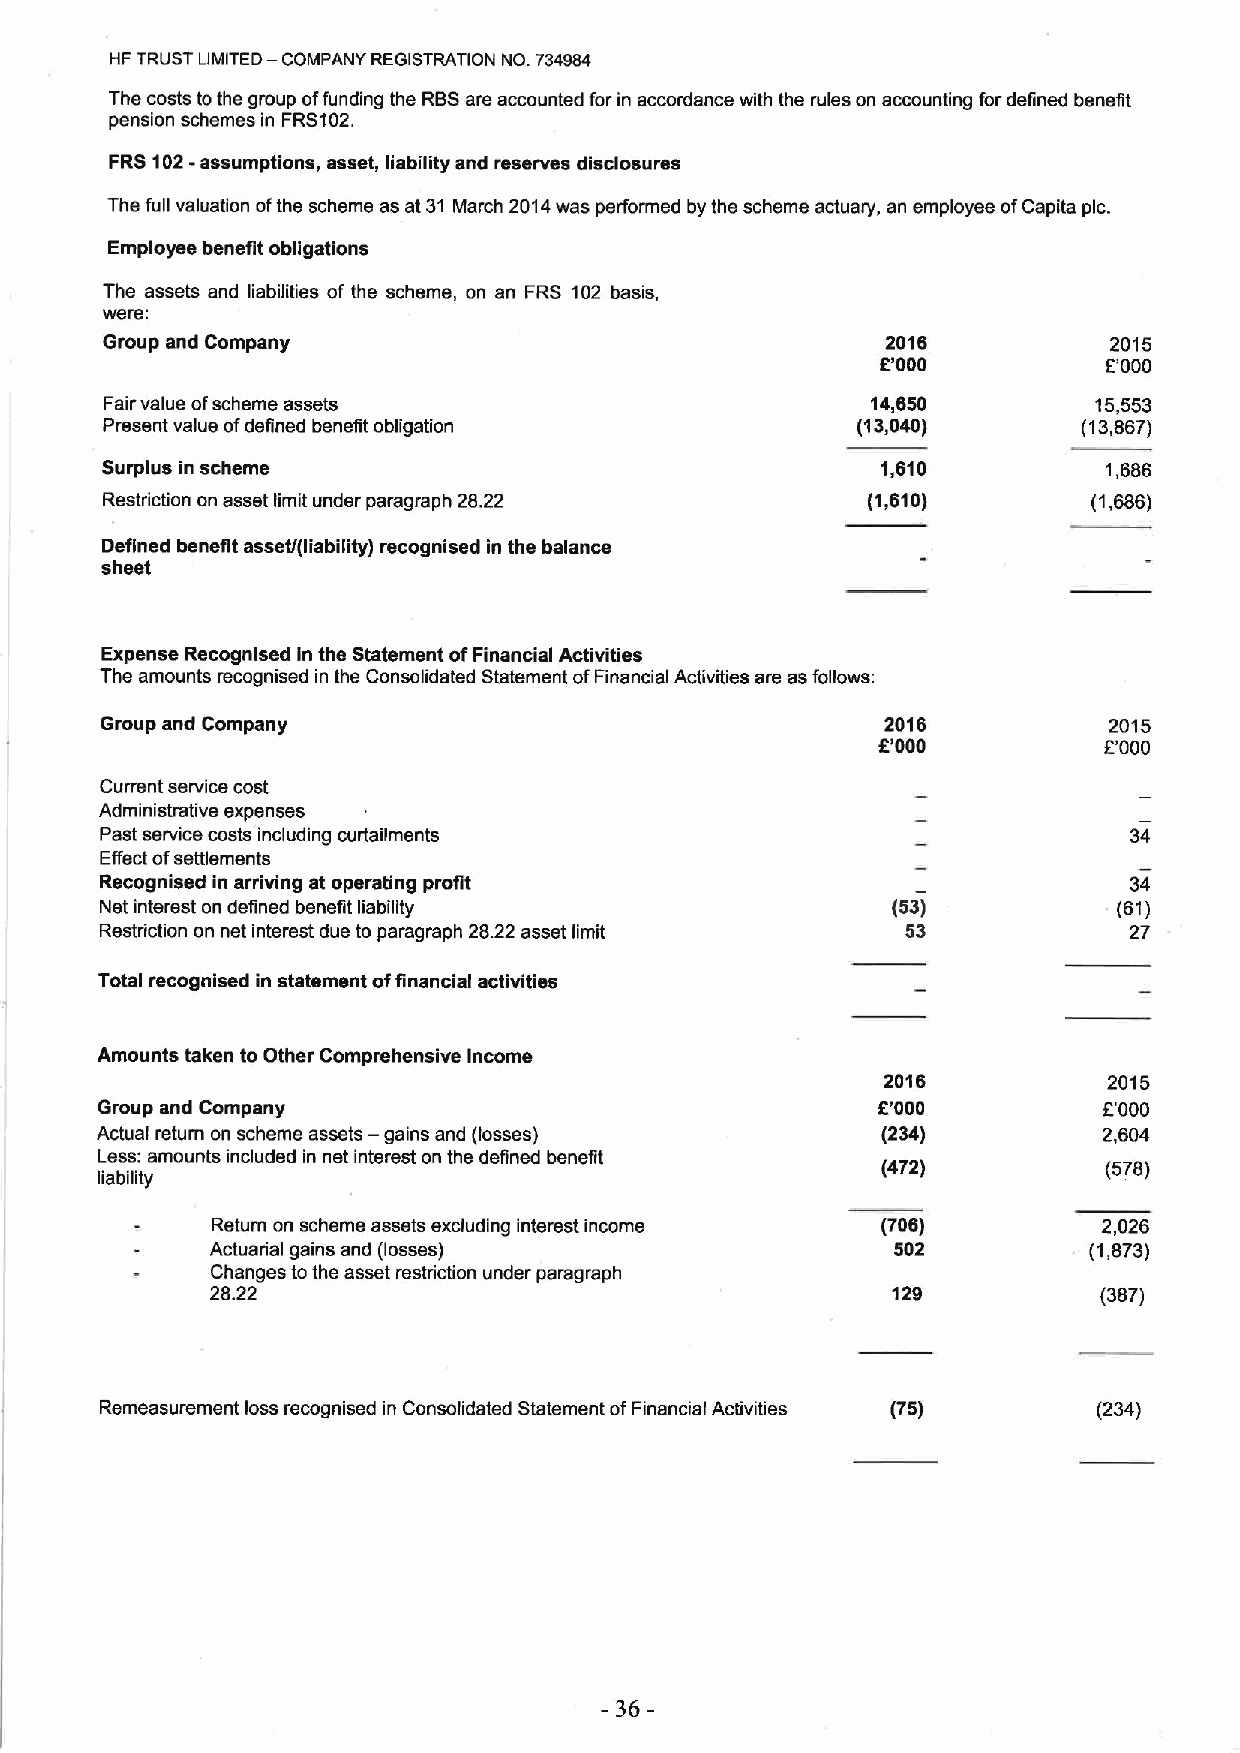
HF TRUST LIMITED — COMPANY REGISTRATION NO. 734994
 The costs tothe group offunding the RBSare accounted for in accordance with the rules on accounting fordefined benefit
 pension schemes in FRS102.
 FRS102-assumptions, asset, liability and reserves disclosures
 The full valuation ofthe scheme as at 31 March 2014was performed by the scheme actuary, an employee ofCapita pic.
 Employee benefit obligations
 The assets and liabilities of the scheme, on an FRS 102 basis,
 were:
 Group and Company                                   2016          2015
 E'000          E'000
 Fairvalue ofscheme assets                          14,650        15,553
 Present value ofdefined benefit obligation        (13,040)       (13,867)
 Surplus in scheme                                  1,610          1,686
 Restriction on asset limit under paragraph 28.22  (1,610)        (1,686)
 Defined benefit asset/(liability) recognised in the balance
 sheet
 Expense Recognised In the Statement ofFinancial Activities
 The amounts recognised in the Consolidated Statement ofFinancial Activities are as follows:
 Group and Company                                   2016          2015
 6'000          E'000
 Cunent service cost
 Administrative expenses
 Past service costs including curtailments                           34
 Effect ofsettlements
 Recognised in arriving at operating profit                          34
 Net interest on defined benefit liability           (53)           (61)
 Restriction on net interest dus to paragraph 28.22 asset limit 53   27
 Total recognised in statement offinancial activities
 Amounts taken to Other Comprehensive Income
 2018          2015
 f
 Group and Company                                   E'000           '000
 Actual return on scheme assets — gains and (losses) (234)          2,604
 Less: amounts included in net interest on the defined benefit
 (472)          (578)
 liability
 Return on scheme assets excluding interest income (706)    2,026
 Actuarial gains and (losses)                 502          (1,873)
 Changes tothe asset restriction under paragraph
 28.22                                        129           (387)
 Remeasurement loss recognised in Consolidated Statement ofFinancial Activities (75) (234)
 -36-